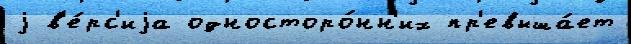
j в'е́рс'иjа односторо́нн'их пр'евыша́ет